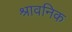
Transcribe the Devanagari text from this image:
श्रावनिक